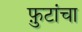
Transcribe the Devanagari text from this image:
फ़ुटांचा